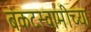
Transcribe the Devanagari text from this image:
बंकटस्वामीच्या